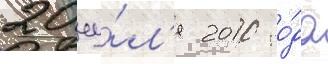
20 иу́л'я 2010 го́да